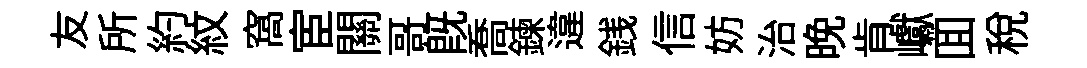
友所約紋窩宦關哥既喬鍊違銭信妨治晚肯巘囬税